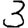
Digit: 3